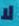
لا